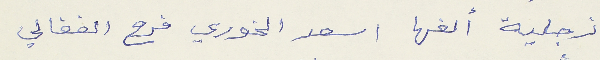
زجلية ألفها اسعد الخوري فرح الفغالي